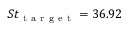
S t _ { \mathrm { ~ t ~ a ~ r ~ g ~ e ~ t ~ } } = 3 6 . 9 2